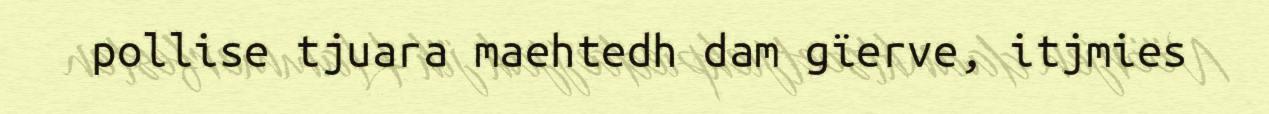
pollise tjuara maehtedh dam gïerve, itjmies